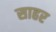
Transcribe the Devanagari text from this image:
साहर